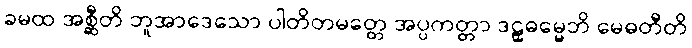
ခမထ အစ္ဆီတိ ဘူအာဒေသော ပါတိတမတ္တေ အပ္ပကတ္တာ ဒဠှဓမ္မေဘိ မေဓတီတိ